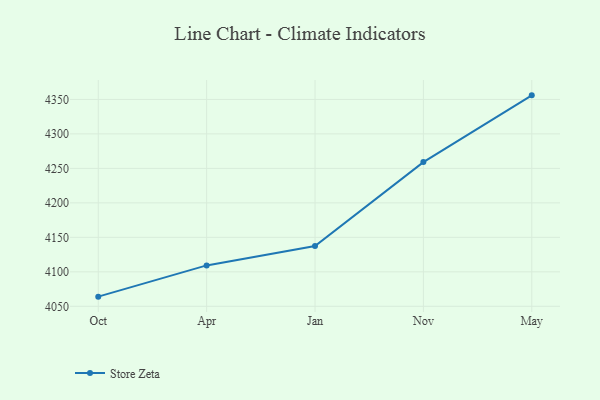
{"axis": {"x": "Month", "y": "Website Visitors"}, "legend": ["Store Zeta"], "data": [{"x": "Oct", "y": 4064.0, "type": "Store Zeta"}, {"x": "Apr", "y": 4109.3, "type": "Store Zeta"}, {"x": "Jan", "y": 4137.5, "type": "Store Zeta"}, {"x": "Nov", "y": 4259.1, "type": "Store Zeta"}, {"x": "May", "y": 4355.9, "type": "Store Zeta"}]}